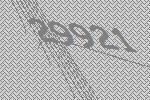
29921